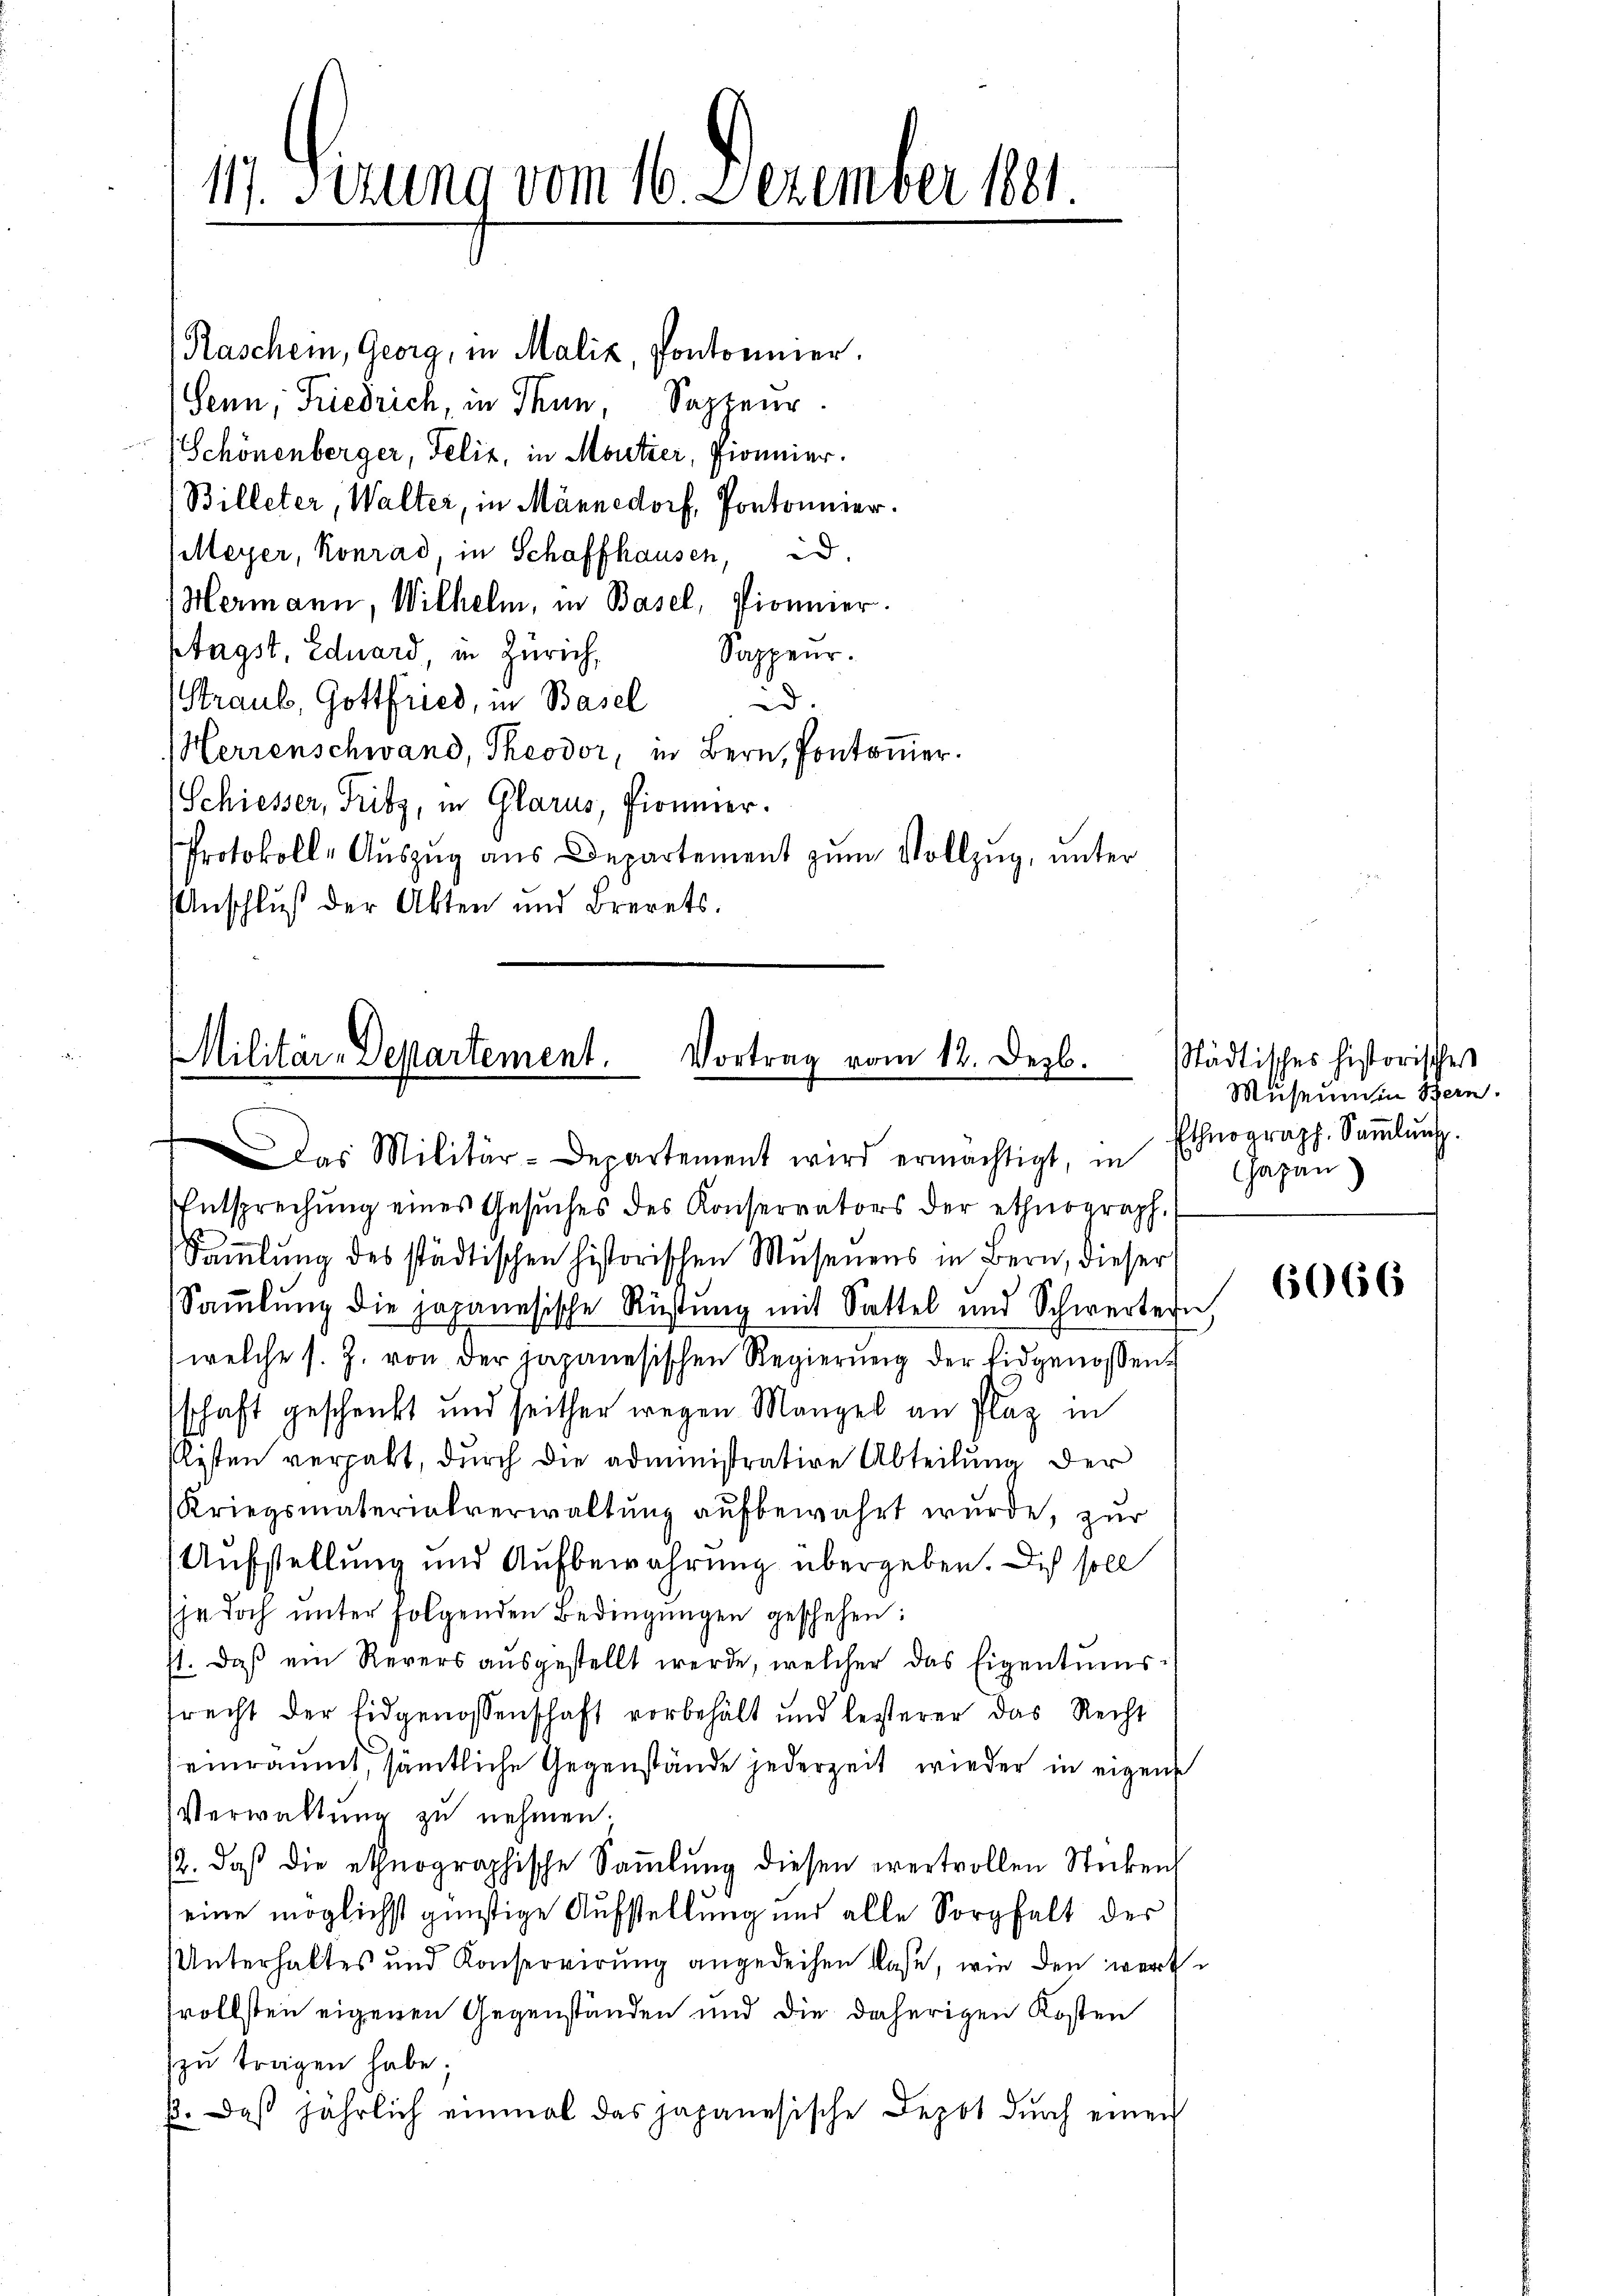
11. Serung vom 16. Dezember 1891.

Raschein, Georg, in Maliz, Pontonier.
Senn, Friedrich, in Thun, Sappeur
Schönenberger, Felix, in Moutier, Pionier.
Billeter, Walter, in Männedorf, Pontonier.
Meyer, Konrad, in Schaffhausen, d.
Hermann, Wilhelm, in Basel, Pionier.
ptagst, Eduard in Zürich,
Sappeur.
d.
Straub, Gottfried, in Basel
Herrenschwand, Theodor, in Bern, Pontomier.
Schiesser, Fritz, in Glarus, Pionier.
Protokoll-Aŭszŭg aŭs Departement zŭm Vollzug, unter
Anschluß der Akten und Brevets.

Militär-Departement. Vortrag vom 12. Dezb.
Ddas Militär-Departement wird ermächtigt, in

Entsprechŭng eines Gesŭches des Konservators der ethnograph.
Sammlung des städtischen historischen Mŭsenens in Bern, dieser
Sammlung die japanesische Rüstung mit Sattel und Schwertern,
welche s. J. von der japanesischen Regierung der Eidgenossen.
schaft geschenkt und seither wegen Mangel an Plaz in
slisten vergabt, durch die administrative Abteilung der
Kriegsmaterialverwaltŭng aufbewahrt wurde, zur
Aufstellung und Aufbewahrung übergeben. Dich soll
jr doch ŭnter folgenden Bedingŭngen geschehen:
st. Daß ein Revers aŭsgestellt werde, welcher das Eigentums-
srecht der Eidgenossenschaft vorbehält und lezterer das Recht
einräumt, sämtliche Gegenstände jederzeit wieder in eigene
Verwaltung zu nehmen.
2. daβ die ethnographische Saṁlŭng diesen wertvollen Sticken
eine möglichst günstige Aufstellung und alle Sorgfalt der
Unterhaltes und Konservirŭng angedeihen lasse, wie den wert-
vollsten eigenen Gegenständen und die daherigen Kosten
zu tragen habe;
p. Daß jährlich einmal das japanesische Depot dŭrch einen

städtisches historisches
Museum in Bern.
Ethnograph. Saṁlŭng
Japan)

6066